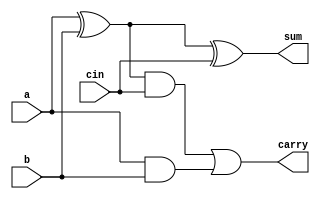
module fa(a,b,cin,sum,carry);
input a,b,cin;
output sum,carry;
wire w1,w2,w3;
xor g1(w1,a,b);
and g2(w3,a,b);
xor g3(sum,w1,cin);
and g4(w2,w1,cin);
or g5(carry,w2,w3);
endmodule
module rca(a,b,cin,sum,cout);
input [7:0]a,b;
input cin;
output [7:0]sum;
output cout;
wire c1,c2,c3;
fa g1(.a(a[0]),
      .b(b[0]),
      .cin(cin),
      .sum(sum[0]),
      .carry(c1)
      );
fa g2(.a(a[1]),
      .b(b[1]),
      .cin(c1),
      .sum(sum[1]),
      .carry(c2)
      );
fa g3(.a(a[2]),
      .b(b[2]),
      .cin(c2),
      .sum(sum[2]),
      .carry(c3)
      );
fa g4(.a(a[3]),
      .b(b[3]),
      .cin(c3),
      .sum(sum[3]),
      .carry(c4)
      );
fa g5(.a(a[4]),
      .b(b[4]),
      .cin(c4),
      .sum(sum[4]),
      .carry(c5)
      );
fa g6(.a(a[5]),
      .b(b[5]),
      .cin(c5),
      .sum(sum[5]),
      .carry(c6)
      );
fa g7(.a(a[6]),
      .b(b[6]),
      .cin(c6),
      .sum(sum[6]),
      .carry(c7)
      );
fa g8(.a(a[7]),
      .b(b[7]),
      .cin(c7),
      .sum(sum[7]),
      .carry(cout)
      );                 
endmodule